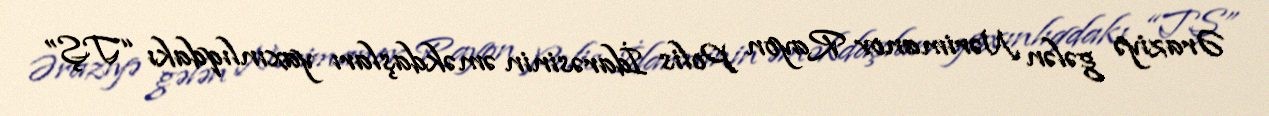
Əraziyə gələn Nərimanov Rayon Polis İdarəsinin əməkdaşları yaxınlıqdakı “TŞ”